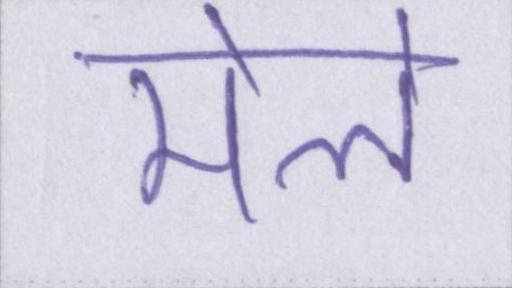
मेले